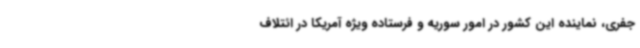
جفری، نماینده این کشور در امور سوریه و فرستاده ویژه آمریکا در ائتلاف